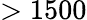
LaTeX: >1500